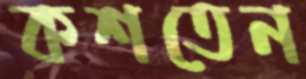
কশতেন